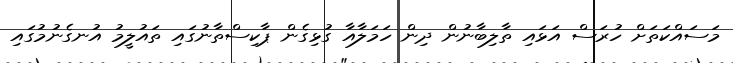
މަސައްކަތަށް ހުރަސް އަޅައި ތާލިބާނުން ދިން ހަމަލާއާ ގުޅިގެން ޕާކިސްތާނުގައި ތައުލީމު އުނގެނުމުގައި